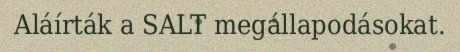
Aláírták a SALT megállapodásokat.